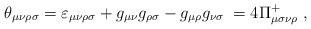
LaTeX: \begin{align*}\theta _{\mu \nu \rho \sigma }=\varepsilon _{\mu \nu \rho \sigma }+g_{\mu\nu }g_{\rho \sigma }-g_{\mu \rho }g_{\nu \sigma }\;=4\Pi _{\mu \sigma \nu\rho }^{+}\;, \end{align*}